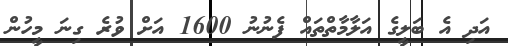
އަދި އެ ބަލީގެ އަލާމާތްތައް ފެނުނު 1600 އަށް ވުރެ ގިނަ މީހުން